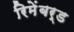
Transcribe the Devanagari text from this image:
रिमेंबर्ड